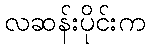
လဆန်းပိုင်းက